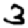
Digit: 3